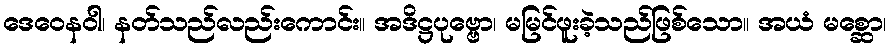
ဒေဝေနဝါ၊ နတ်သည်လည်းကောင်း။ အဒိဋ္ဌပုဗ္ဗော၊ မမြင်ဖူးခဲ့သည်ဖြစ်သော။ အယံ မစ္ဆော၊